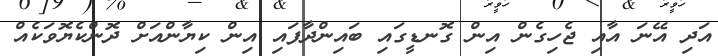
އަދި އޭނަ އާއި ޖެހިގެން އިން ގޮނޑީގައި ބައިންދާފައި އިން ކިޔާންއަށް ދޮންކެޔޮވަކެއް